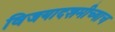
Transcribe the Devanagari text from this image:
विजयादशमीच्याच